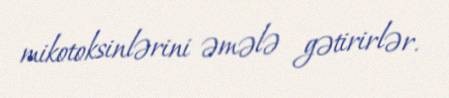
mikotoksinlərini əmələ gətirirlər.